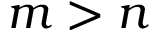
m > n